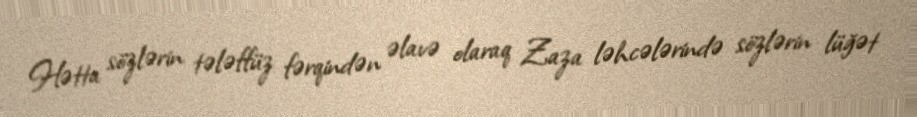
Hətta sözlərin tələffüz fərqindən əlavə olaraq Zaza ləhcələrində sözlərin lüğət